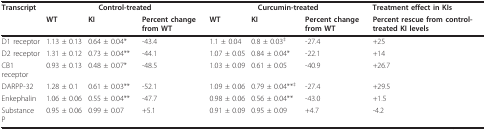
<table><thead><tr><td><b>Transcript</b></td><td colspan="3"><b>Control-treated</b></td><td colspan="3"><b>Curcumin-treated</b></td><td><b>Treatment effect in KIs</b></td></tr><tr><td></td><td><b>WT</b></td><td><b>KI</b></td><td><b>Percent change from WT</b></td><td><b>WT</b></td><td><b>KI</b></td><td><b>Percent change from WT</b></td><td><b>Percent rescue from control-treated KI levels</b></td></tr></thead><tbody><tr><td>D1 receptor</td><td>1.13 ± 0.13</td><td>0.64 ± 0.04*</td><td>-43.4</td><td>1.1 ± 0.04</td><td>0.8 ± 0.03<sup>‡</sup></td><td>-27.4</td><td>+25</td></tr><tr><td>D2 receptor</td><td>1.31 ± 0.12</td><td>0.73 ± 0.04**</td><td>-44.1</td><td>1.07 ± 0.05</td><td>0.84 ± 0.04*</td><td>-22.1</td><td>+14</td></tr><tr><td>CB1 receptor</td><td>0.93 ± 0.13</td><td>0.48 ± 0.07*</td><td>-48.5</td><td>1.03 ± 0.09</td><td>0.61 ± 0.05</td><td>-40.9</td><td>+26.7</td></tr><tr><td>DARPP-32</td><td>1.28 ± 0.1</td><td>0.61 ± 0.03**</td><td>-52.1</td><td>1.09 ± 0.06</td><td>0.79 ± 0.04**<sup>‡</sup></td><td>-27.4</td><td>+29.5</td></tr><tr><td>Enkephalin</td><td>1.06 ± 0.06</td><td>0.55 ± 0.04**</td><td>-47.7</td><td>0.98 ± 0.06</td><td>0.56 ± 0.04**</td><td>-43.0</td><td>+1.5</td></tr><tr><td>Substance P</td><td>0.95 ± 0.06</td><td>0.99 ± 0.07</td><td>+5.1</td><td>0.91 ± 0.09</td><td>0.95 ± 0.09</td><td>+4.7</td><td>-4.2</td></tr></tbody></table>